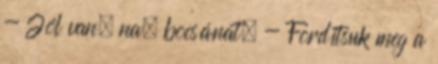
- Jól van, na, bocsánat. - Fordítsuk meg a